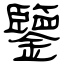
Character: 鑒